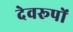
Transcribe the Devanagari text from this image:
देवरूपों